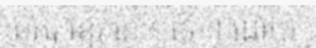
នគរ ខ្មែរ នោះ ទេ ។ ដោយ